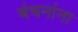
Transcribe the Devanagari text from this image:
बंधनांना